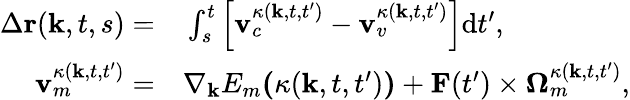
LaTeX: \begin{array}{rl}{\Delta\textbf{r}(\textbf{k},t,s)=}&{{}\int_{s}^{t}\left[\textbf{v}_{c}^{\kappa(\textbf{k},t,t^{\prime})}-\textbf{v}_{v}^{\kappa(\textbf{k},t,t^{\prime})}\right]\mathrm{d}t^{\prime},}\\ {\textbf{v}_{m}^{\kappa(\textbf{k},t,t^{\prime})}=}&{{}\nabla_{\textbf{k}}E_{m}\textbf{(}\kappa(\textbf{k},t,t^{\prime})\textbf{)}+\textbf{F}(t^{\prime})\times\mathbf{\Omega}_{m}^{\kappa(\textbf{k},t,t^{\prime})},}\end{array}